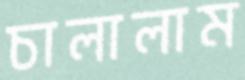
চালালাম